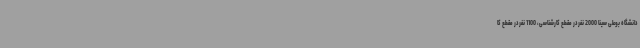
دانشگاه بوعلی سینا 2000 نفر در مقطع کارشناسی، 1100 نفر در مقطع کا